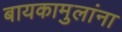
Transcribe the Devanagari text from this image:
बायकामुलांना